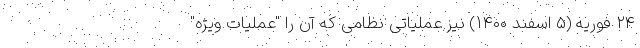
۲۴ فوریه (۵ اسفند ۱۴۰۰) نیز عملیاتی نظامی که آن را "عملیات ویژه"